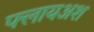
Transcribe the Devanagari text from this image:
फ्लायअश